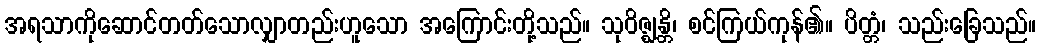
အရသာကိုဆောင်တတ်သောလျှာတည်းဟူသော အကြောင်းတို့သည်။ သုဝိဇ္ဈန္တိ၊ စင်ကြယ်ကုန်၏။ ပိတ္တံ၊ သည်းခြေသည်။